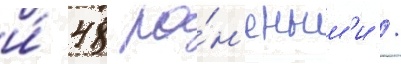
и́ 48 ра́н'еным'и /